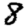
Digit: 8